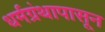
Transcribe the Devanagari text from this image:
धर्मग्रंथापासून